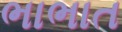
ભાભાત